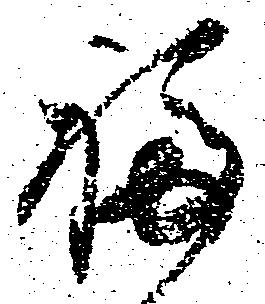
福